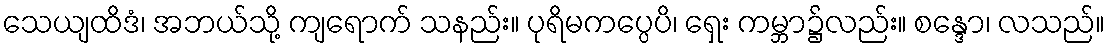
သေယျထိဒံ၊ အဘယ်သို့ ကျရောက် သနည်း။ ပုရိမကပ္ပေပိ၊ ရှေး ကမ္ဘာ၌လည်း။ စန္ဒော၊ လသည်။